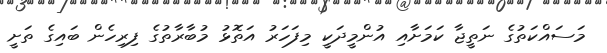
މަސައްކަތުގެ ނަތީޖާ ކަމަށާއި އުންމީދަކީ މިފަހަރު އަތޮޅު މުބާރާތުގެ ފިރިހެން ބައިގެ ތަށީ